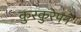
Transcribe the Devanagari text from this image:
कुरकुरेपन